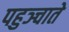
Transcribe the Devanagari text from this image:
पहुञ्चाते